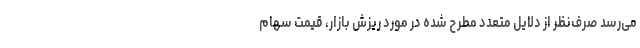
می‌رسد صرف‌نظر از دلایل متعدد مطرح شده در مورد ریزش بازار، قیمت سهام